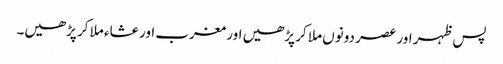
پس ظہر اور عصر دونوں ملا کر پڑھیں اور مغرب اور عشاء ملا کر پڑھیں۔